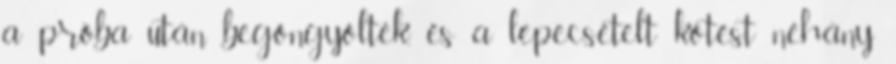
a próba után begöngyölték, és a lepecsételt kötést néhány